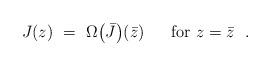
LaTeX: \begin{align*}J (z)\ =\ \Omega \bigl( \bar{J} \bigr) (\bar{z})\ \ \ \ \mbox{ for } z=\bar{z}\ \ .\end{align*}